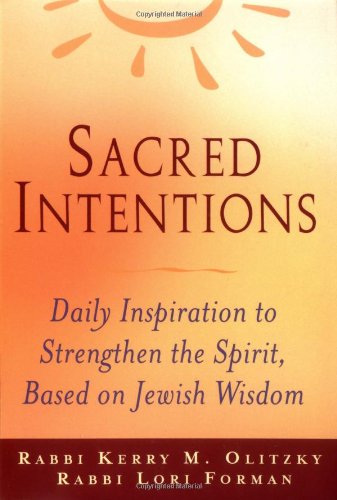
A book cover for Sacred Intentions: Morning Inspiration to Strengthen the Spirit Based on the Jewish Wisdom Tradition; Rabbi Lori Forman-Jacobi; Religion & Spirituality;